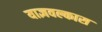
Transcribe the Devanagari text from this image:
याज्ञवल्कास